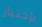
بإختيار